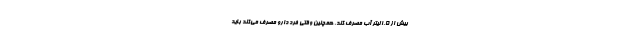
بیش از ۱.۵ لیتر آب مصرف کند. همچنین وقتی فرد دارو مصرف می‌کند باید